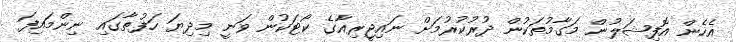
އެހެން އޮފިޝަލުން މަގާމުތަކުން ދުރުކުރުމަށް ނައިޖީރިއާގެ ކޯޓަކުން ވަނީ މިދިޔަ ހަފުތާގައި ނިންމައިފަ